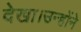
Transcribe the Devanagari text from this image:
देखा।उन्होंने